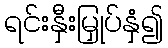
ရင်းနှီးမြှုပ်နှံ၍